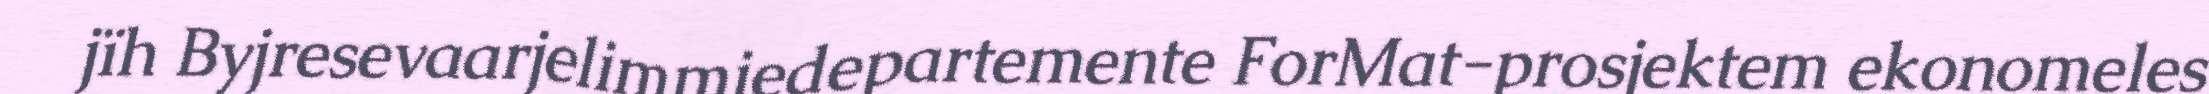
jïh Byjresevaarjelimmiedepartemente ForMat-prosjektem ekonomeles